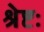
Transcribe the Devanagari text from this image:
श्रेष्टः